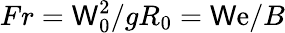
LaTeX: Fr=\mathsf{W}_{0}^{2}/gR_{0}=\mathsf{W}\mathrm{e}/B